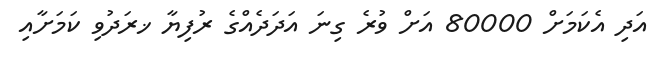
އަދި އެކަމަށް 80000 އަށް ވުރެ ގިނަ އަދަދެއްގެ ރުފިޔާ ޚރަދުވި ކަމަށާއި